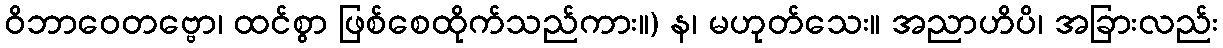
ဝိဘာဝေတဗ္ဗော၊ ထင်စွာ ဖြစ်စေထိုက်သည်ကား။) န၊ မဟုတ်သေး။ အညာဟိပိ၊ အခြားလည်း